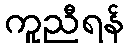
ကူညီရန်